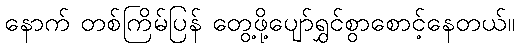
နောက် တစ်ကြိမ်ပြန် တွေ့ဖို့ပျော်ရွှင်စွာစောင့်နေတယ်။